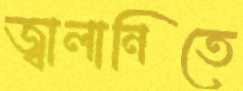
জ্বালানিতে